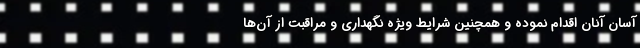
آسان آنان اقدام نموده و همچنین شرایط ویژه نگهداری و مراقبت از آن‌ها